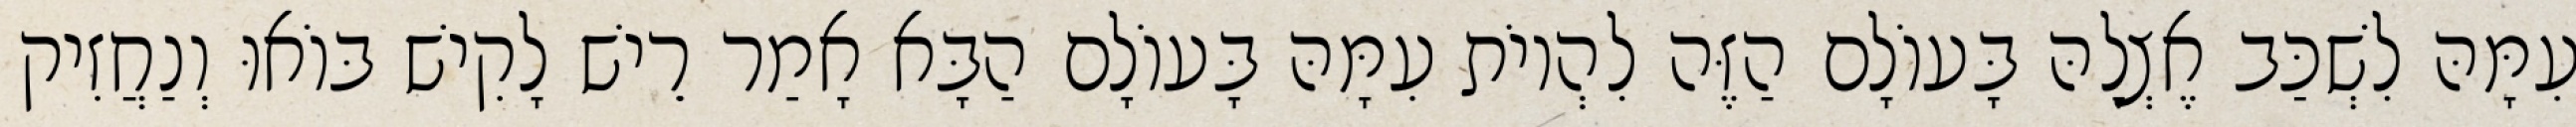
עִמָּהּ לִשְׁכַּב אֶצְלָהּ בָּעוֹלָם הַזֶּה לִהְיוֹת עִמָּהּ בָּעוֹלָם הַבָּא אָמַר רֵישׁ לָקִישׁ בּוֹאוּ וְנַחֲזִיק